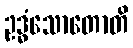
ဥဒ္ဓံသောတောတိ